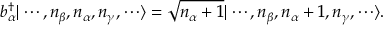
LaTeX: b _ { \alpha } ^ { \dagger } | \cdots , n _ { \beta } , n _ { \alpha } , n _ { \gamma } , \cdots \rangle = { \sqrt { n _ { \alpha } + 1 } } | \cdots , n _ { \beta } , n _ { \alpha } + 1 , n _ { \gamma } , \cdots \rangle .